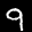
Label: 9